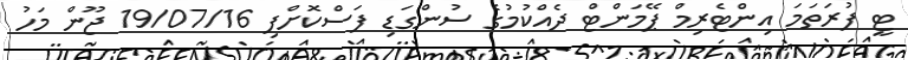
ޓީ ފުރަތަމަ އިންޓެރިމް ޕޭމަންޓް ދެއްކުމުގެ ސުންގަޑި ފަސްކޮށްފި 19/07/16 ޖޫން މަހު